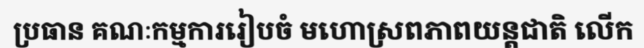
ប្រធាន គណៈកម្មការរៀបចំ មហោស្រពភាពយន្តជាតិ លើក